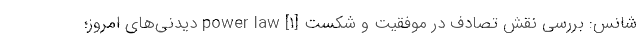
شانس: بررسی نقش تصادف در موفقیت و شکست [۱] power law دیدنی‌های امروز؛